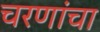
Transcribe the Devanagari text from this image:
चरणांचा